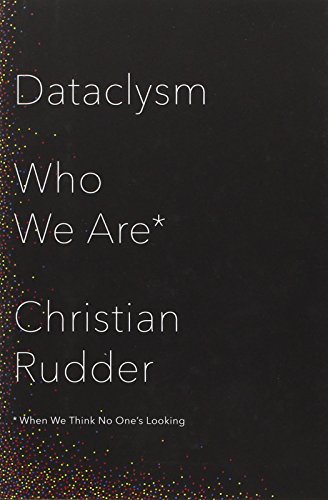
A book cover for Dataclysm: Who We Are (When We Think No One's Looking); Christian Rudder; Computers & Technology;